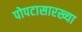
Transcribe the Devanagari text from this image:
पोपटासारख्या